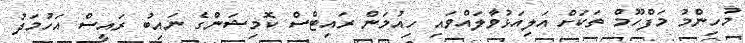
މުހިންމު މަފްހޫމް ތަކަށް އަލިއަޅުވާލައްވައި ހިއުމަން ރައިޓްސް ކޮމިޝަންގެ ނައިބު ރައީސް އަހުމަދު